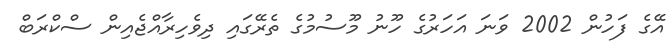
އޭގެ ފަހުން 2002 ވަނަ އަހަރުގެ ހޫނު މޫސުމުގެ ތެރޭގައި ދިވެހިރާއްޖެއިން ސްކްރަބް